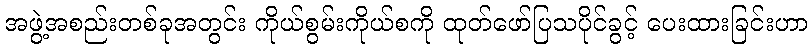
အဖွဲ့အစည်းတစ်ခုအတွင်း ကိုယ်စွမ်းကိုယ်စကို ထုတ်ဖော်ပြသပိုင်ခွင့် ပေးထားခြင်းဟာ